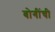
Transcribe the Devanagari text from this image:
बोगींची